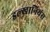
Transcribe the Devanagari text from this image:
इल्खानियंस